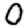
Digit: 0